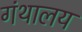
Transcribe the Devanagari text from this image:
गंथालय